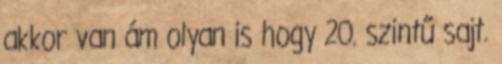
akkor van ám olyan is hogy 20. szintű sajt.